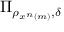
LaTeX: \Pi _ { \rho _ { x ^ { n } \left( m \right) } , \delta }